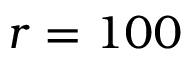
r = 1 0 0